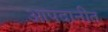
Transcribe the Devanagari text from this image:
आपदानीत